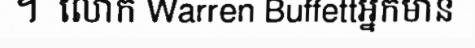
។  លោក Warren Buffettអ្នកមាន